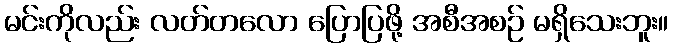
မင်းကိုလည်း လတ်တလော ပြောပြဖို့ အစီအစဉ် မရှိသေးဘူး။